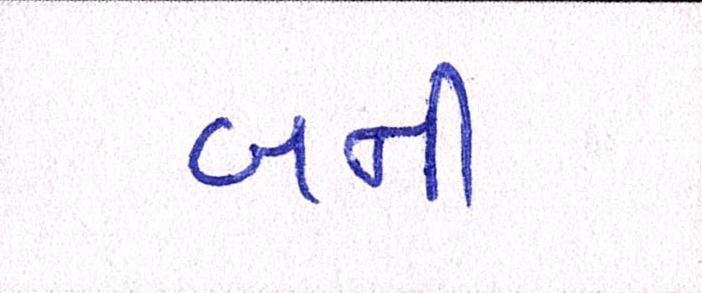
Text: બની